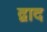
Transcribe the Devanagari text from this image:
द्वाद